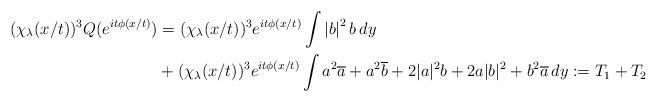
LaTeX: \begin{align*}(\chi_\lambda(x/t))^3Q(e^{it\phi(x/t)})&=(\chi_\lambda(x/t))^3e^{it\phi(x/t)}\int \left|b\right|^2b\,dy\\&+(\chi_\lambda(x/t))^3e^{it\phi(x/t)}\int a^2\overline{a}+a^2\overline{b}+2|a|^2b+2a|b|^2+b^2\overline{a}\,dy:=T_1+T_2 \end{align*}